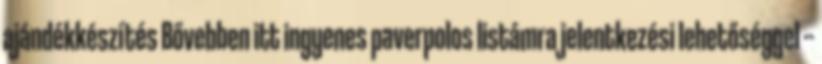
ajándékkészítés Bővebben itt ingyenes paverpolos listámra jelentkezési lehetőséggel --